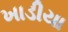
ખાડીયા